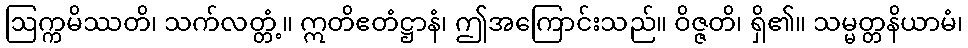
ဩက္ကမိဿတိ၊ သက်လတ္တံ့။ ဣတိဧတံဋ္ဌာနံ၊ ဤအကြောင်းသည်။ ဝိဇ္ဇတိ၊ ရှိ၏။ သမ္မတ္တနိယာမံ၊